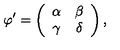
\varphi ^ { \prime } = \left( \begin{array} { c c } { \alpha } & { \beta } \\ { \gamma } & { \delta } \\ \end{array} \right) ,